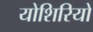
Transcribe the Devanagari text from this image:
योशिरियो